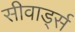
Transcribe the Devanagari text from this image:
सीवार्ड्स